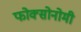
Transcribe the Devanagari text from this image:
फोक्सोनोमी